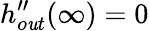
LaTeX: h_{o\mathit{u}t}^{\prime\prime}(\infty)=0